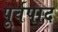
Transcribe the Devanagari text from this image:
पूर्वपाद